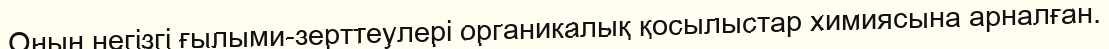
Оның негізгі ғылыми-зерттеулері органикалық қосылыстар химиясына арналған.